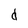
Character: d